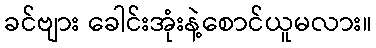
ခင်ဗျား ခေါင်းအုံးနဲ့စောင်ယူမလား။